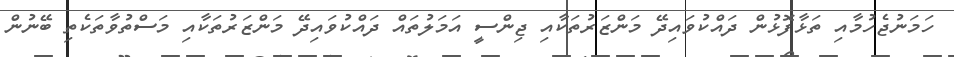
ހަމަނުޖެހުމާއި ތަޅާފޮޅުން ދައްކުވައިދޭ މަންޒަރުތަކާއި ޖިންސީ އަމަލުތައް ދައްކުވައިދޭ މަންޒަރުތަކާއި މަސްތުވާތަކެތި ބޭނުން